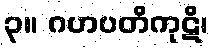
၃။ ဂဟပတိကုဋိ၊